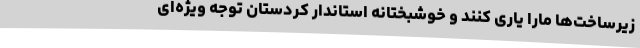
زیرساخت‌ها مارا یاری کنند و خوشبختانه استاندار کردستان توجه ویژه‌ای